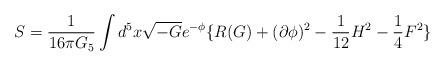
LaTeX: \begin{align*}S = \frac{1}{16 \pi G_{5}} \int d^{5}x \sqrt{-G} e^{-\phi}\lbrace R(G) + (\partial \phi)^{2} - \frac{1}{12} H^{2} -\frac{1}{4}F^{2} \rbrace \end{align*}